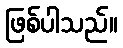
ဖြစ်ပါသည်။